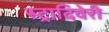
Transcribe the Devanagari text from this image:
स्ट्रादिवेरी